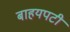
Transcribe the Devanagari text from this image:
बाहयपटी